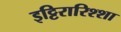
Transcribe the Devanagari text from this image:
इट्टिरारिश्शा